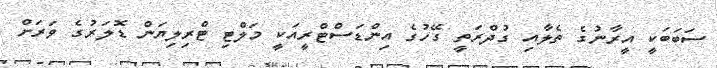
ސަބަބަކީ އީރާނުގެ ތެލާއި ގުދްރަތީ ގޭހުގެ އިންޑަސްޓްރީއަކީ މަލްޓި ޓްރިލިޔަން ޑޮލަރުގެ ވަރަށް